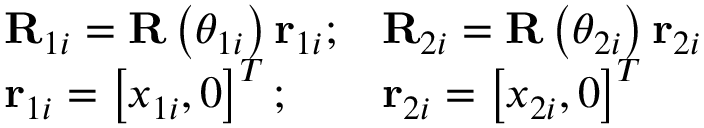
\begin{array} { r } { \begin{array} { l l l } { \mathbf { R } _ { 1 i } = \mathbf { R } \left( \theta _ { 1 i } \right) \mathbf { r } _ { 1 i } ; } & { \mathbf { R } _ { 2 i } = \mathbf { R } \left( \theta _ { 2 i } \right) \mathbf { r } _ { 2 i } } \\ { \mathbf { r } _ { 1 i } = \left[ x _ { 1 i } , 0 \right] ^ { T } ; } & { \mathbf { r } _ { 2 i } = \left[ x _ { 2 i } , 0 \right] ^ { T } } \end{array} } \end{array}